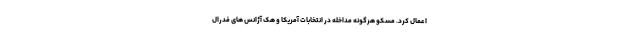
اعمال کرد. مسکو هرگونه مداخله در انتخابات آمریکا و هک آژانس های فدرال